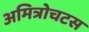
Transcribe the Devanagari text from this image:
अमित्रोचटस